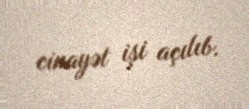
cinayət işi açılıb.